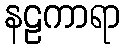
နဠကာရာ